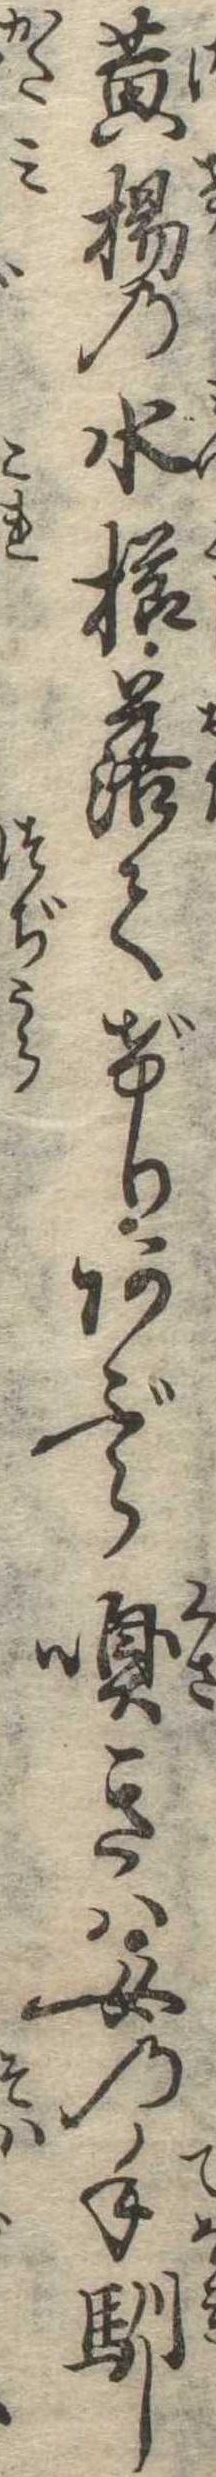
黄楊の水櫛落てげりあぶら嗅きは女の手馴し